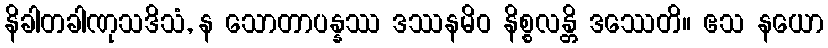
နိခါတခါဏုသဒိသံ, န သောတာပန္နဿ ဒဿနမိဝ နိစ္စလန္တိ ဒဿေတိ။ ဧသ နယော